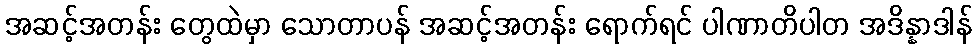
အဆင့်အတန်း တွေထဲမှာ သောတာပန် အဆင့်အတန်း ရောက်ရင် ပါဏာတိပါတ အဒိန္နာဒါန်